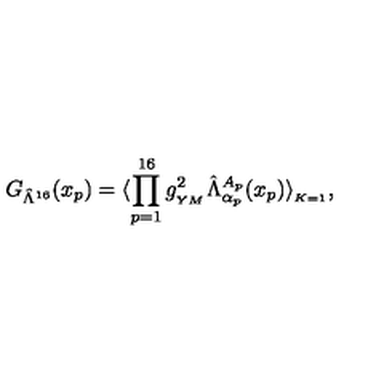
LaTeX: G _ { \hat { \Lambda } ^ { 1 6 } } ( x _ { p } ) = \langle \prod _ { p = 1 } ^ { 1 6 } g _ { _ { Y M } } ^ { 2 } \hat { \Lambda } _ { \alpha _ { p } } ^ { A _ { p } } ( x _ { p } ) \rangle _ { _ { K = 1 } } ,